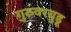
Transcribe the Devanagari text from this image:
गुरुवरयुडू